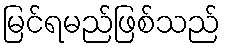
မြင်ရမည်ဖြစ်သည်